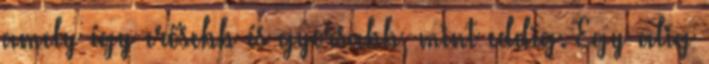
amely így erősebb és gyorsabb, mint eddig. Egy alig